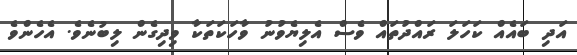
އަދި ބައެއް ކަހަލަ ރައްދުތައް ވެސް އެލިޔެވުނު ވާހަކަތަކާ ވިދިގެން ލިބުނެވެ. އެހެންވެ